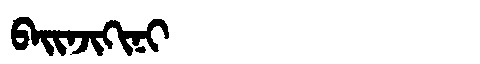
Manchu: ᠪᠠᡳᠨᠵᡳᡴᡳᠨᡳ
Romanization: BAINJIKINI